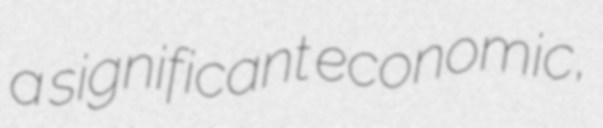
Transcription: a significant economic,